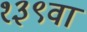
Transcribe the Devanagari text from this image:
१३९वा